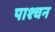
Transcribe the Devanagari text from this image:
पाश्चन